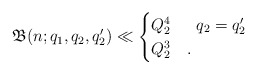
\begin{align*}\mathfrak{B}(n;q_1,q_2,q_2')\ll \begin{cases} Q_2^4 &\;\;q_2=q_2'\\Q_2^3 &.\end{cases}\end{align*}